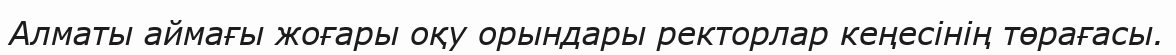
Алматы аймағы жоғары оқу орындары ректорлар кеңесінің төрағасы.